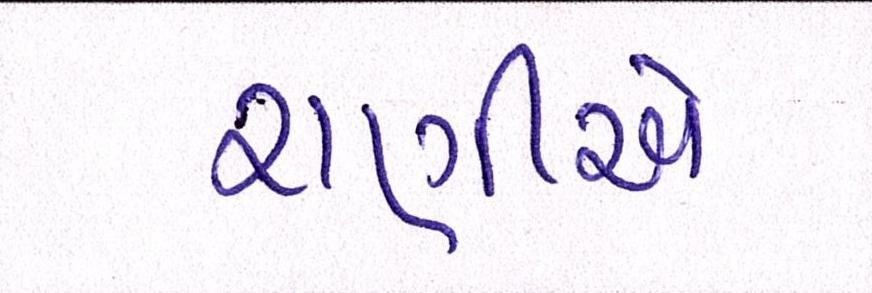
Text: રાણીએ